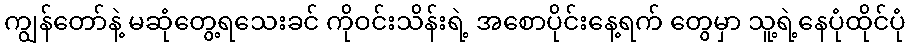
ကျွန်တော်နဲ့ မဆုံတွေ့ရသေးခင် ကိုဝင်းသိန်းရဲ့ အစောပိုင်းနေ့ရက် တွေမှာ သူ့ရဲ့နေပုံထိုင်ပုံ